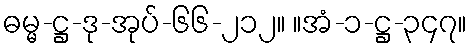
ဓမ္မ-ဋ္ဌ-ဒု-အုပ်-၆၆-၂၁၂။ ။အံ-၁-ဋ္ဌ-၃၄၇။